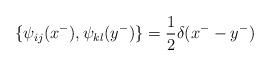
LaTeX: \begin{align*}\{\psi_{ij}(x^-),\psi_{kl}(y^-)\}=\frac{1}{2}\delta(x^- -y^-)\end{align*}